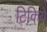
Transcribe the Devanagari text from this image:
टिकिये